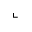
\llcorner